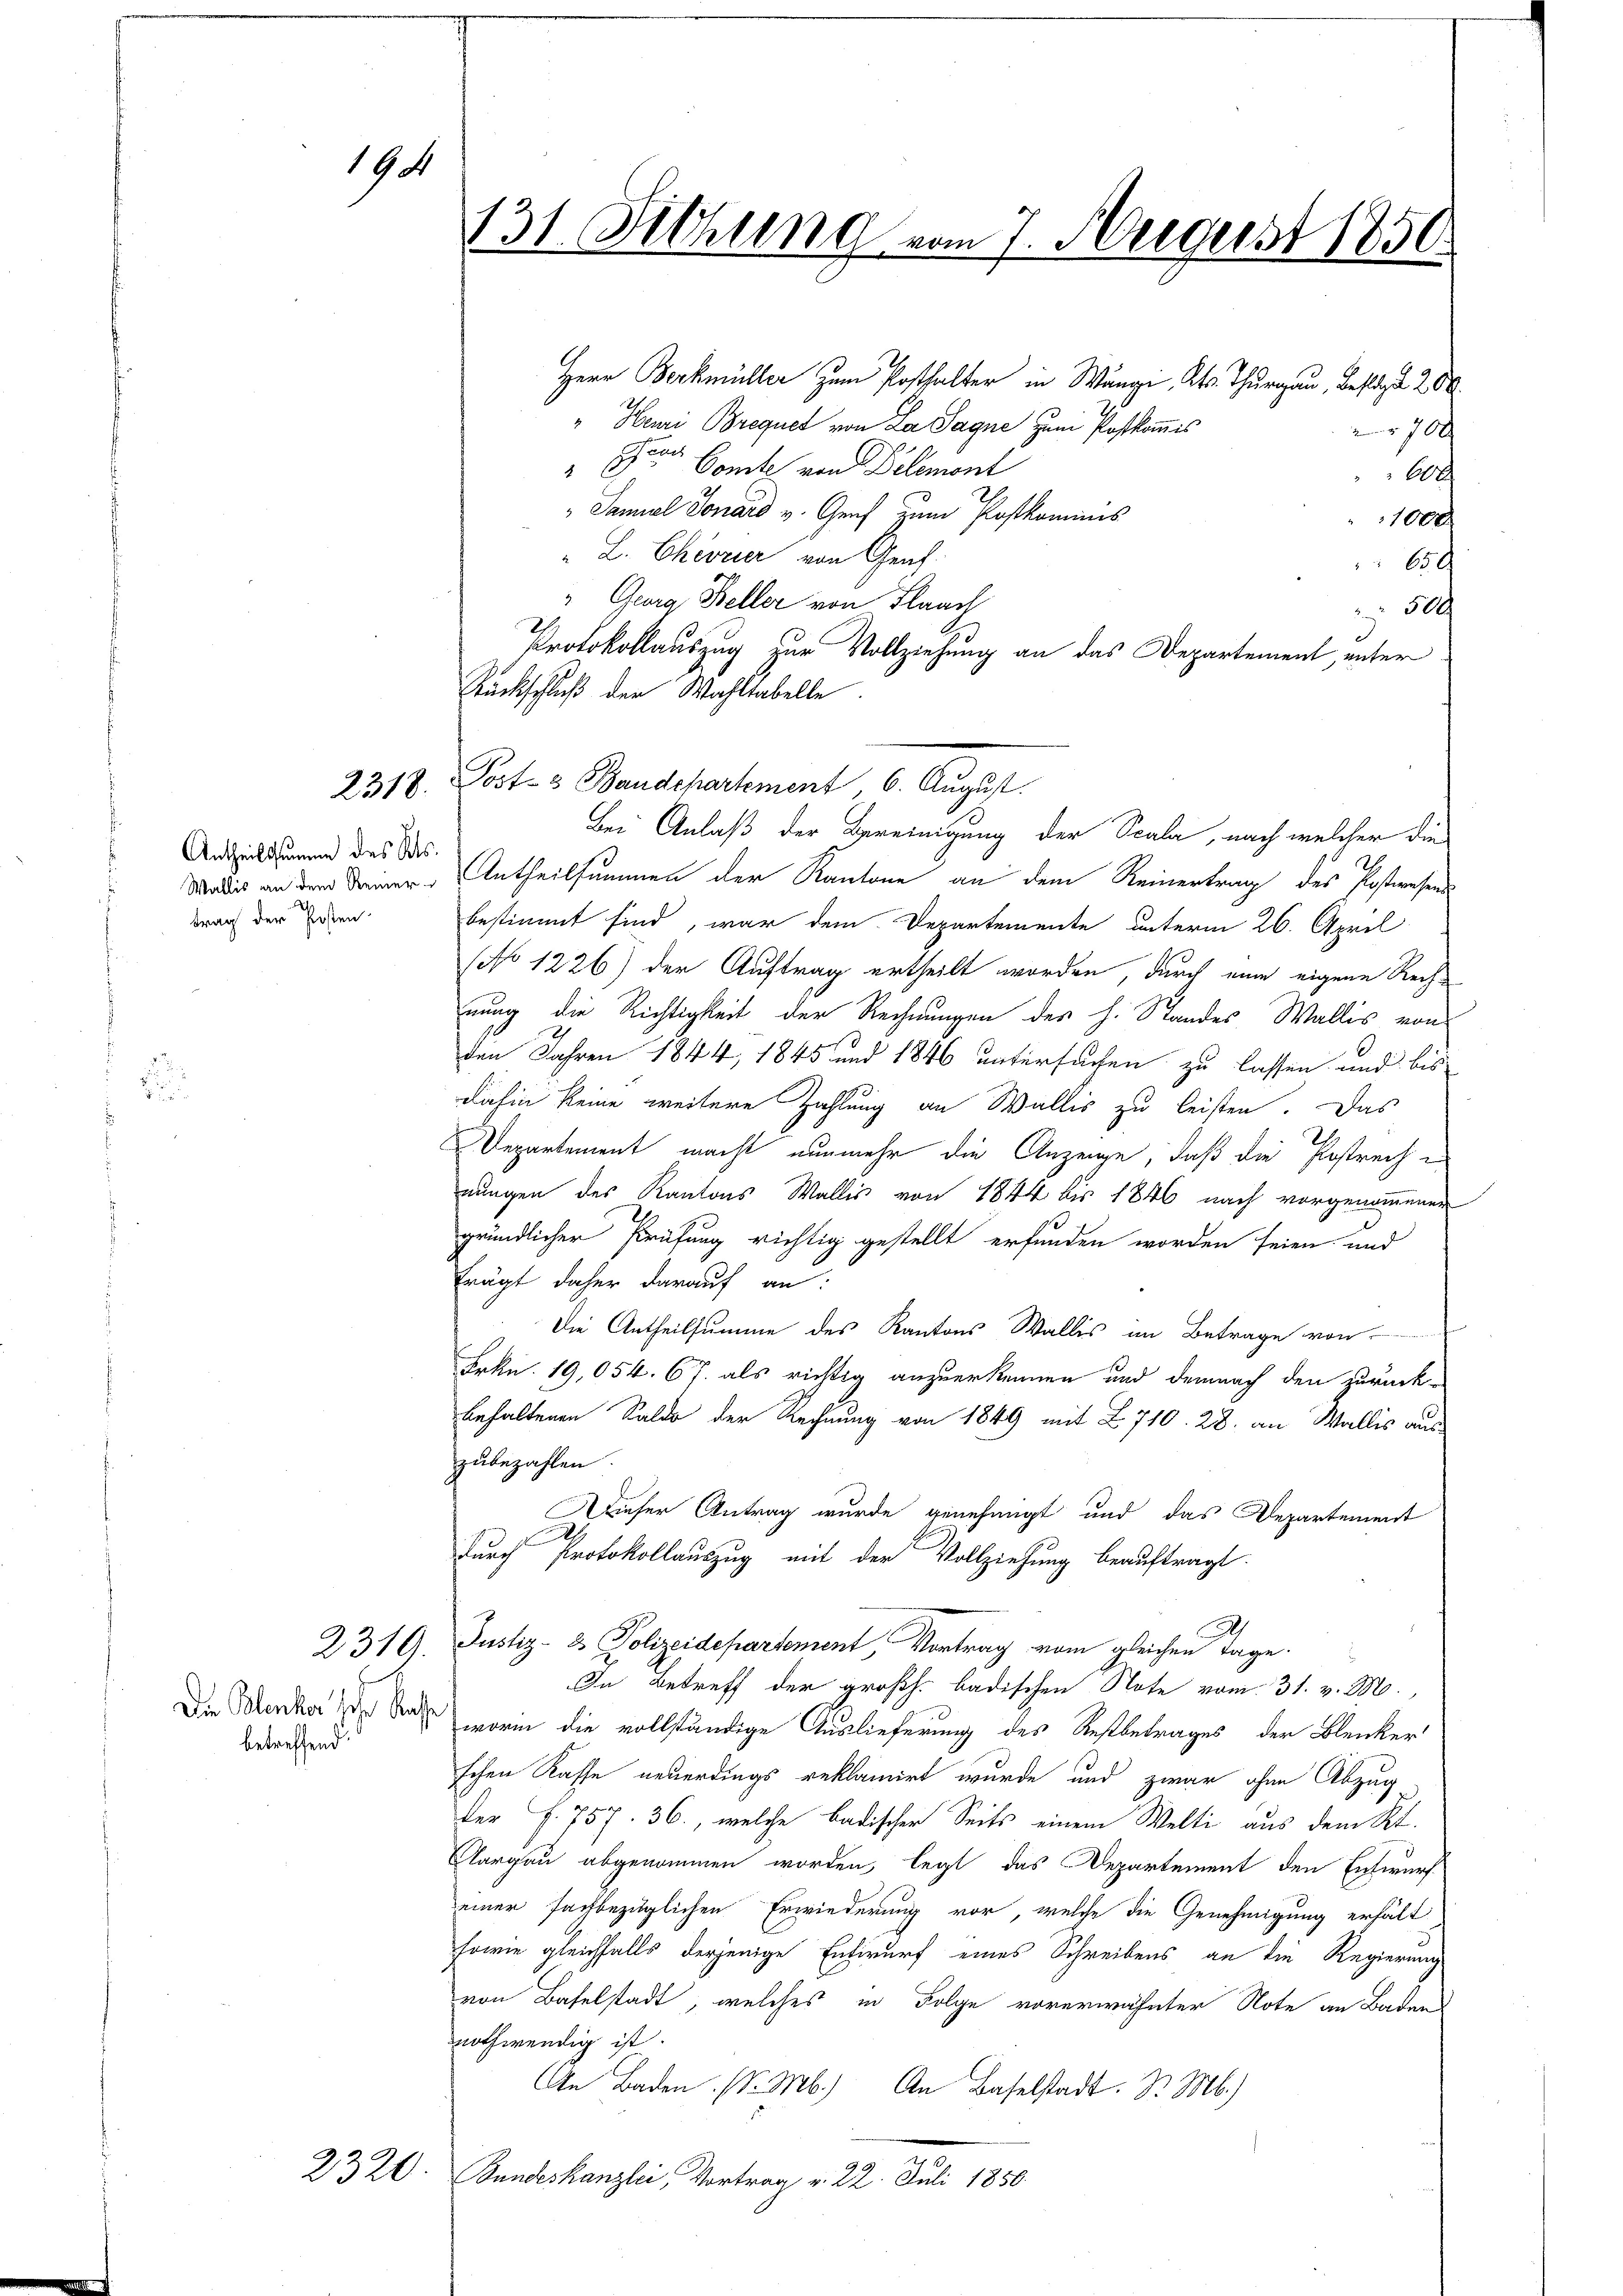
194

2318.

Antheilssumme des Kts.
trag der Posten

2319.

Die Blenker'sche Kasse
betreffend

2320

131. Sehling vom 7. Aergerst 1850

Herr Borkmüller zum Posthalter in Wang, Kts. Thurgau, Bestigte 200
" Henri Brequet von La Sagne zum Postkommis
70x
Ehere Comte von Belemont
A
Daniel Tonard v. Genf zum Postkominis
100x
" L. Chevrier von Graf.
650
" Georg Steller von Flaach
 500
Protokollauszug zur Vollziehung an das Departement, unter
Rückschluß der Wahltabelle
Post- & Baudepartement 6. August.
Bei Anlaß der Bereinigung der Scala, nach welcher die
Madis an dem Deiner Antheilsummen der Kantone an dem Reinertrag des Postwesen
bestimmt sind, war dem Departemente unterm 26. April
(No 1226) der Auftrag ertheilt worden, durch nun eigene Rechnung die Richtigkeit der Rechnungen des h. Standes Wallis von
den Jahren 1844, 1845 und 1846 untersuchen zu lassen und bis
dahin keine weitere Zahlung an Wallis zu leisten. Das
Departement macht nunmehr die Anzeige, daß die Postreche
nungen des Kantons Wallis von 1844 bis 1846 nach vorgenommener
gründlicher Prüfung richtig gestellt erfunden worden seien und
frägt daher darauf an:
Die Antheilsumme des Kantons Wallis im Betrage von
Frkn. 19,054. 67. als richtig anzuerkennen und demnach den zurück-
behaltenen Saldo der Rechnung von 1849 mit L 710. 28. an Wallis aus
zubezahlen.
Dieser Antrag wurde genehmigt und das Departement
.
durch Protokollauszug mit der Vollziehung beauftragt.
Justiz- & Polizeidepartement, Vortrag vom gleichen Tage.
In Betreff der großh. badischen Note vom 31. v. M.
worin die vollständige Auslieferung des Restbetrages der Bleiker
schen Kasse neuerdings reklamirt wurde und zwar ohne Abzug
der f. 757. 36., welche badischer Seits einem Welti aus dem Kt.
Aargau abgenommen worden, legt das Departement den Entwurf
einer fachbezüglichen Erwiederung vor, welche die Genehmigung erhält
sowie gleichfalls derjenige Entwurf eines Schreibens an die Regierung
von Baselstadt, welches in Folge vorerwähnter Note an Badens
nothwendig ist.
An Baden (S. M.) An Baselstadt. Dr. M.)
Bundeskanzlei, Vortrag v. 22. Juli 1850